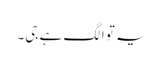
یہ تو الگ ہے جی۔